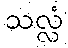
သလ္လံ